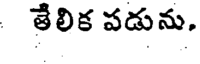
తేలిక పడును.